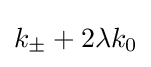
k_{\pm }+2\lambda k_{0}